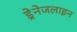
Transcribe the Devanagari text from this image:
ड्रेनेजलाइन